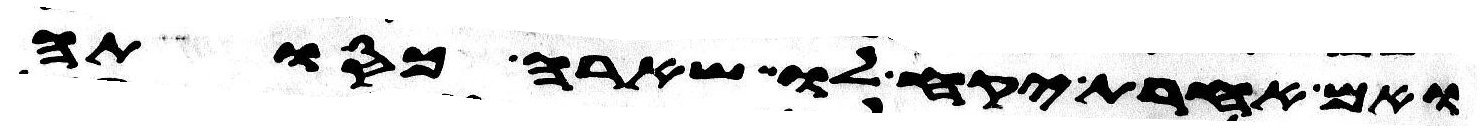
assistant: ואם אחרת יקח לו שארה כסותה